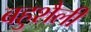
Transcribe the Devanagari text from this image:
बहुशैली